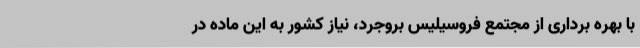
با بهره برداری از مجتمع فروسیلیس بروجرد، نیاز کشور به این ماده در